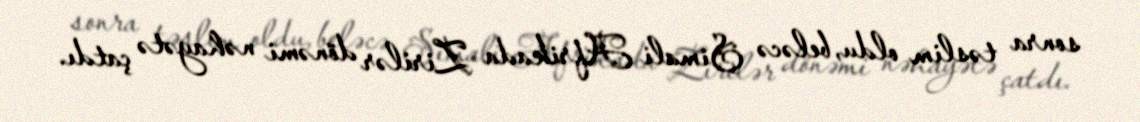
sonra təslim oldu, beləcə Şimali Afrikada Zirilər dönəmi nəhayətə çatdı.